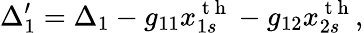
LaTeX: \Delta_{1}^{\prime}=\Delta_{1}-g_{11}x_{1s}^{\mathrm{~t~h~}}-g_{12}x_{2s}^{\mathrm{~t~h~}},